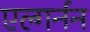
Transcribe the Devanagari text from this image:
एल्गर्नन